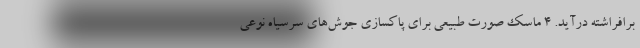
برافراشته درآید. 4 ماسک صورت طبیعی برای پاکسازی جوش‌های سرسیاه نوعی